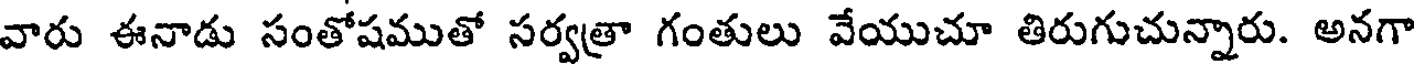
వారు ఈనాడు సంతోషముతో సర్వత్రా గంతులు వేయుచూ తిరుగుచున్నారు. అనగా